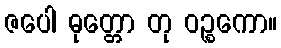
ဇပေါ ဓုတ္တော တု ဝဉ္စကော။